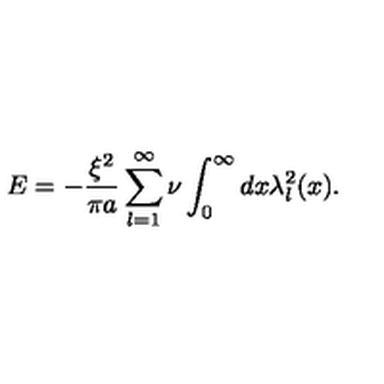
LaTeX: E = - \frac { \xi ^ { 2 } } { \pi a } \sum _ { l = 1 } ^ { \infty } \nu \int _ { 0 } ^ { \infty } d x \lambda _ { l } ^ { 2 } ( x ) .